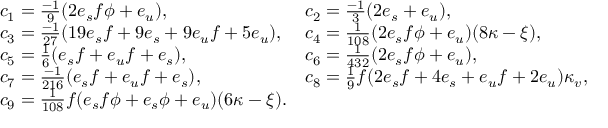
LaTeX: \begin{array} { l l } { { c _ { 1 } = { \frac { - 1 } { 9 } } ( 2 e _ { s } f \phi + e _ { u } ) , } } & { { c _ { 2 } = { \frac { - 1 } { 3 } } ( 2 e _ { s } + e _ { u } ) , } } \\ { { c _ { 3 } = { \frac { - 1 } { 2 7 } } ( 1 9 e _ { s } f + 9 e _ { s } + 9 e _ { u } f + 5 e _ { u } ) , } } & { { c _ { 4 } = { \frac { 1 } { 1 0 8 } } ( 2 e _ { s } f \phi + e _ { u } ) ( 8 \kappa - \xi ) , } } \\ { { c _ { 5 } = { \frac { 1 } { 6 } } ( e _ { s } f + e _ { u } f + e _ { s } ) , } } & { { c _ { 6 } = { \frac { 1 } { 4 3 2 } } ( 2 e _ { s } f \phi + e _ { u } ) , } } \\ { { c _ { 7 } = { \frac { - 1 } { 2 1 6 } } ( e _ { s } f + e _ { u } f + e _ { s } ) , } } & { { c _ { 8 } = { \frac { 1 } { 9 } } f ( 2 e _ { s } f + 4 e _ { s } + e _ { u } f + 2 e _ { u } ) \kappa _ { v } , } } \\ { { c _ { 9 } = { \frac { 1 } { 1 0 8 } } f ( e _ { s } f \phi + e _ { s } \phi + e _ { u } ) ( 6 \kappa - \xi ) . } } \end{array}